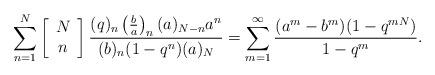
LaTeX: \begin{align*}\sum_{n=1}^{N}\left[\begin{array}{c}N\\n\end{array}\right] \frac{(q)_n\left(\frac{b}{a}\right)_n(a)_{N-n}a^n}{(b)_n(1-q^n)(a)_{N}}=\displaystyle\sum_{m=1}^{\infty}\frac{(a^m-b^m)(1-q^{mN})}{1-q^m}.\end{align*}